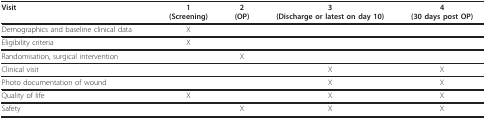
<table><thead><tr><td><b>Visit</b></td><td><b>1(Screening)</b></td><td><b>2(OP)</b></td><td><b>3(Discharge or latest on day 10)</b></td><td><b>4(30 days post OP)</b></td></tr></thead><tbody><tr><td>Demographics and baseline clinical data</td><td>X</td><td></td><td></td><td></td></tr><tr><td>Eligibility criteria</td><td>X</td><td></td><td></td><td></td></tr><tr><td>Randomisation, surgical intervention</td><td></td><td>X</td><td></td><td></td></tr><tr><td>Clinical visit</td><td></td><td></td><td>X</td><td>X</td></tr><tr><td>Photo documentation of wound</td><td></td><td></td><td>X</td><td>X</td></tr><tr><td>Quality of life</td><td>X</td><td></td><td>X</td><td>X</td></tr><tr><td>Safety</td><td></td><td>X</td><td>X</td><td>X</td></tr></tbody></table>